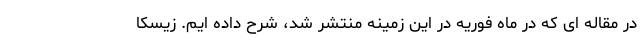
در مقاله ای که در ماه فوریه در این زمینه منتشر شد، شرح داده ایم. زیسکا